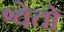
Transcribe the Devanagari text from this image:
श्वेतो